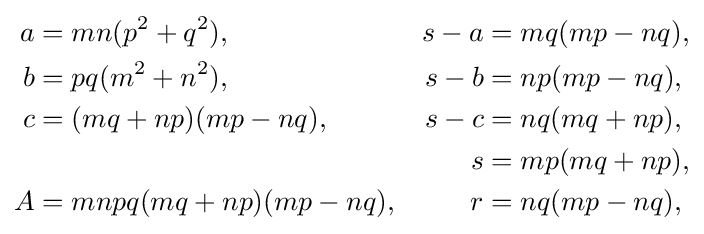
{\begin{aligned}a&=mn(p^{2}+q^{2}),&s-a&=mq(mp-nq),\\b&=pq(m^{2}+n^{2}),&s-b&=np(mp-nq),\\c&=(mq+np)(mp-nq),&s-c&=nq(mq+np),\\&&s&=mp(mq+np),\\A&=mnpq(mq+np)(mp-nq),&r&=nq(mp-nq),\\\end{aligned}}